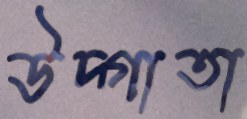
উদ্গাতা